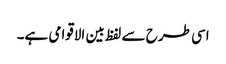
اسی طرح سے لفظ بین الاقوامی ہے۔